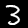
Digit: 3